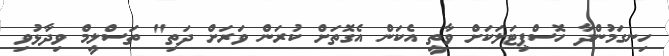
ހިނގަމުންދާ ހޮސްޕިޓަލަކަށް ވާތީ އެކަން އެގޮތަށް ކުރަން ވަރަށް ދަތި" ތަސްލީމް ވިދާޅުވި